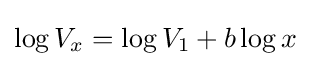
\log V_{x}=\log V_{1}+b\log x